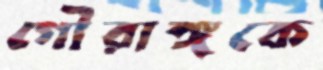
গৌরাঙ্গকে